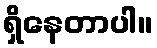
ရှိနေတာပါ။